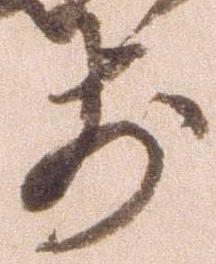
前